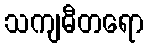
သကျဓီတရော